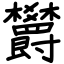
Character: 欝